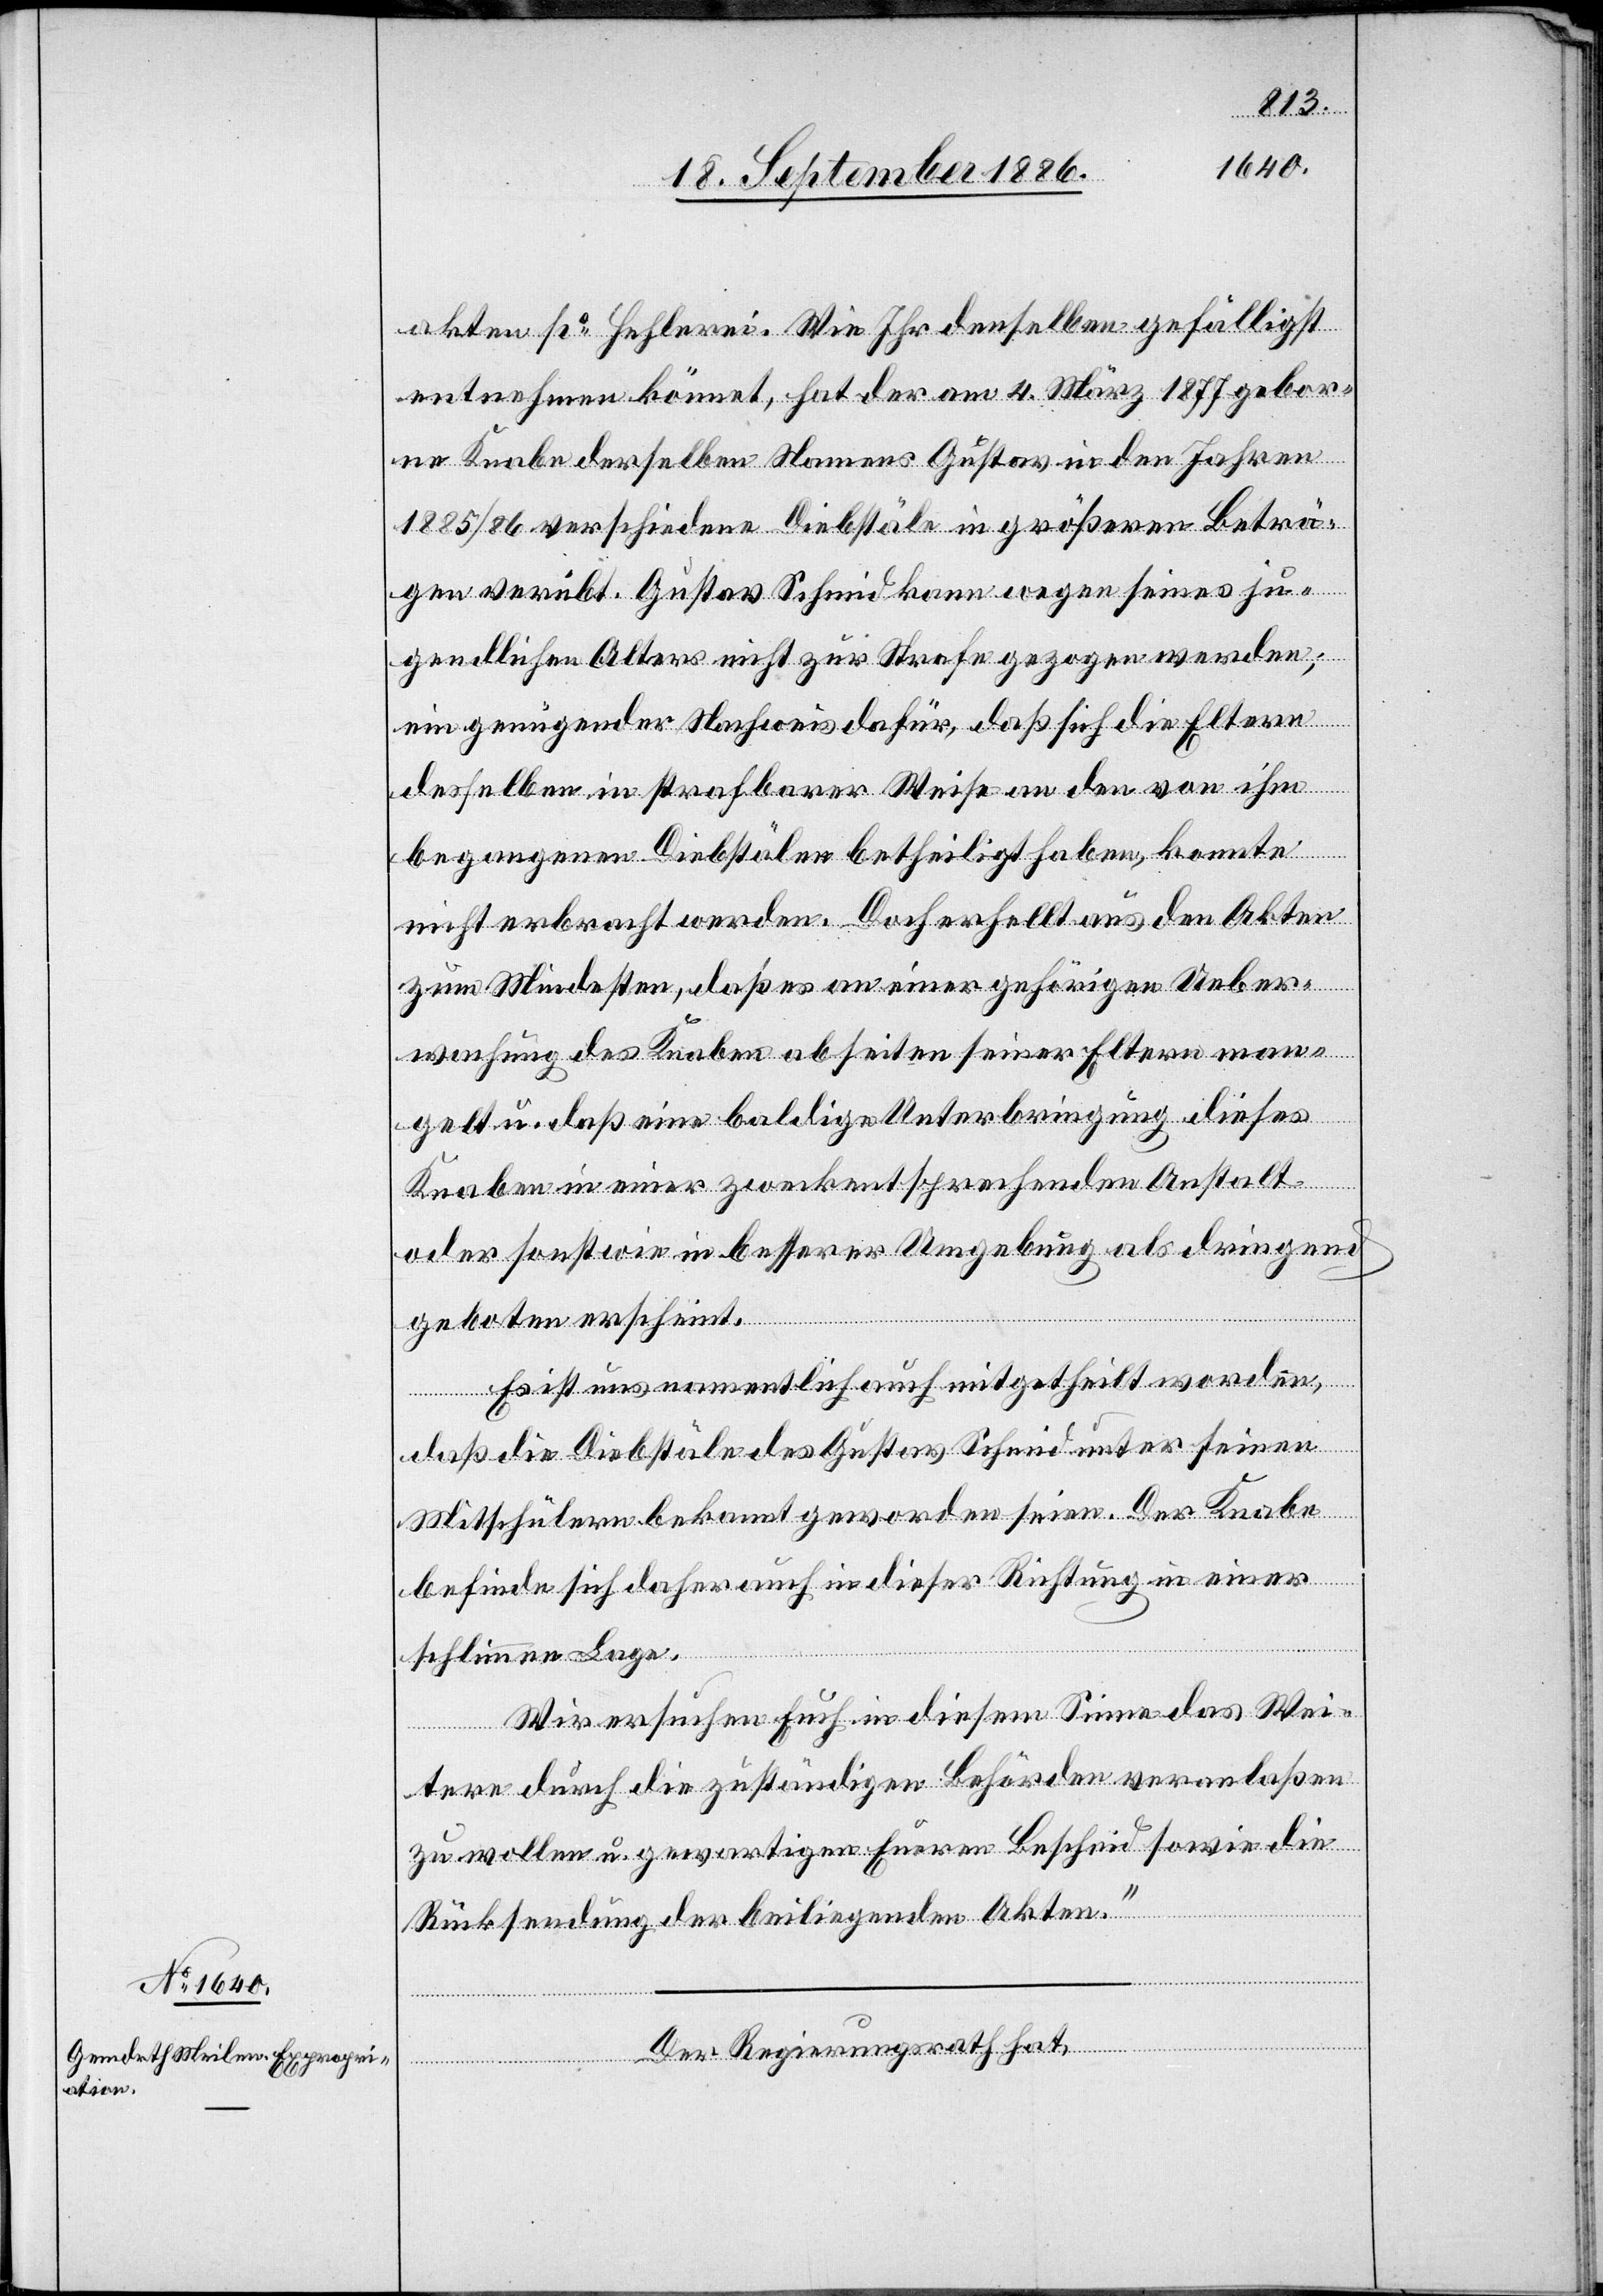
akten po Hehlerei. Wie Ihr denselben gefälligst
entnehmen könnt, hat der am 4. März 1877 gebor¬
ne Knabe derselben Namens Gustav in den Jahren
1885/86 verschiedene Diebstäle in größeren Beträ¬
gen verübt. Gustav Schmid kann wegen seines ju¬
gendlichen Alters nicht zur Strafe gezogen werden;
ein genügender Nachweis dafür, daß sich die Eltern
desselben in strafbarer Weise an den von ihm
begangenen Diebstälen betheiligt haben, konnte
nicht erbracht werden. Doch erhellt aus den Akten
zum Mindesten, daß es an einer gehörigen Ueber¬
wachung des Knaben abseiten seiner Eltern man¬
gelt u. daß eine baldige Unterbringung dieses
Knaben in einer zweckenstprechenden Anstalt
oder sonstwie in besserer Umgebung als dringend
geboten erscheint.
Es ist uns namentlich auch mitgetheilt worden,
daß die Diebstäle des Gustav Schmid unter seinen
Mitschülern bekannt geworden seien. Der Knabe
befinde sich daher auch in dieser Richtung in einer
schlimmen Lage.
Wir ersuchen Euch in diesem Sinne das Wei¬
tere durch die zuständigen Behörden veranlaßen
zu wollen u. gewartigen [sic!] Eueren Bescheid sowie die
Rücksendung der beiliegenden Akten.“
Der Regierungsrath hat,